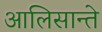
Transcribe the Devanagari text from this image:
आलिसान्ते